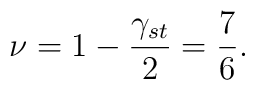
\nu = 1-\frac{\gamma_{st}}{2} = \frac{7}{6}.